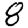
Digit: 8